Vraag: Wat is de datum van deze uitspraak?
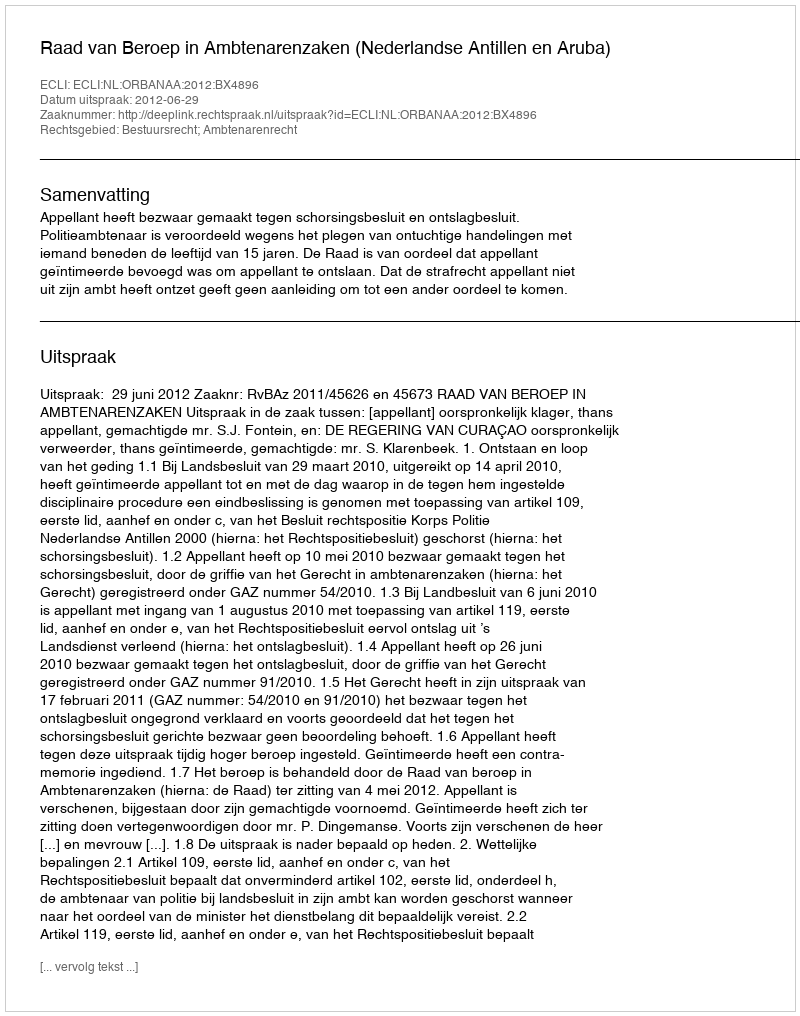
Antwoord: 2012-06-29